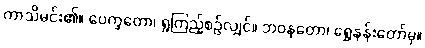
ကာသိမင်း၏။ ပေက္ခတော၊ ရှုကြည့်စဉ်လျှင်။ ဘဝနတော၊ ရွှေနန်းတော်မှ။